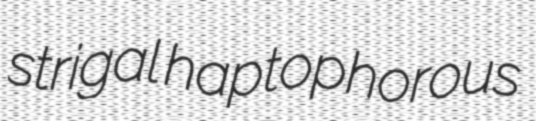
strigal haptophorous